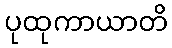
ပုထုကာယာတိ